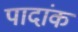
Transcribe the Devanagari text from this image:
पादांक